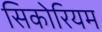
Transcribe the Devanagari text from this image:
सिकोरियम